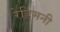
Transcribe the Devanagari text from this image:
रेडिमनी